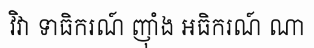
វិវា ទាធិករណ៍ ញ៉ាំង អធិករណ៍ ណា